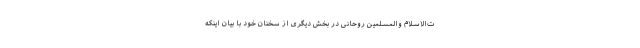
ت‌الاسلام والمسلمین روحانی در بخش دیگری از سخنان خود با بیان اینکه